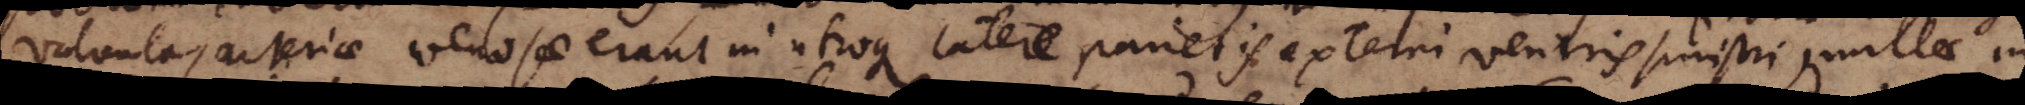
valvulas arteriae venosae erant in utroque latere parietis externi ventris sinistri, nullae in